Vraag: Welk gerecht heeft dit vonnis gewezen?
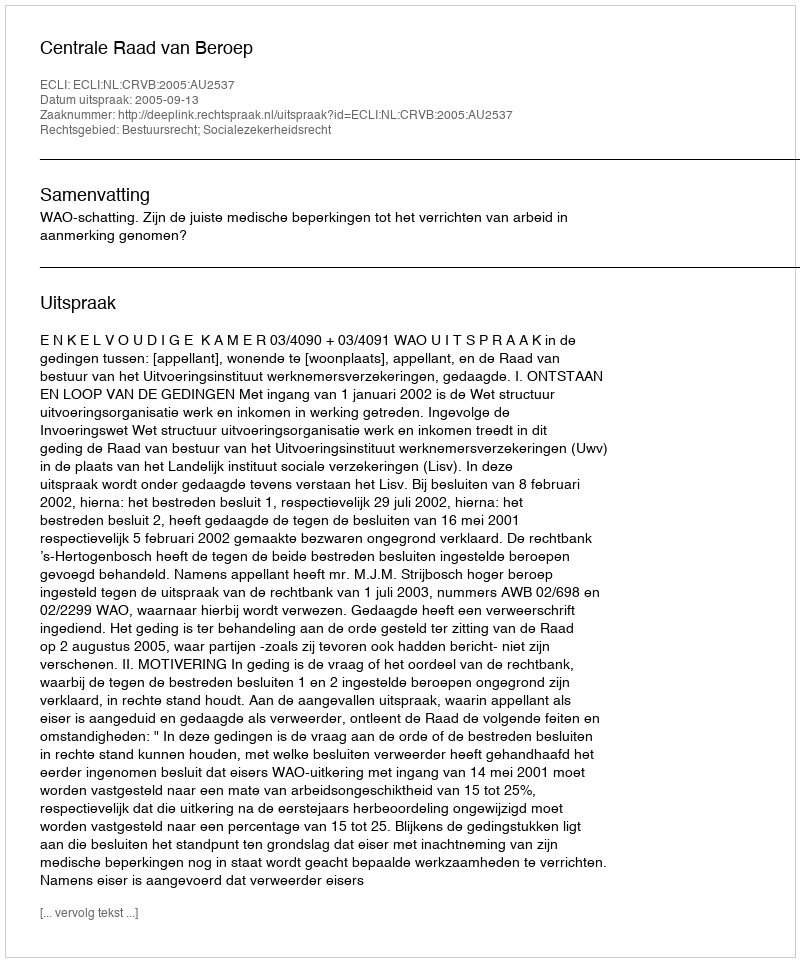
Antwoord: Centrale Raad van Beroep